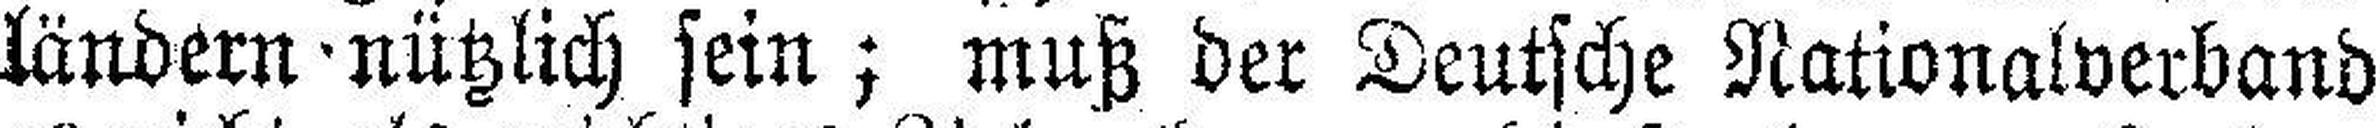
ländern nützlich sein; muß der Deutsche Nationalverband